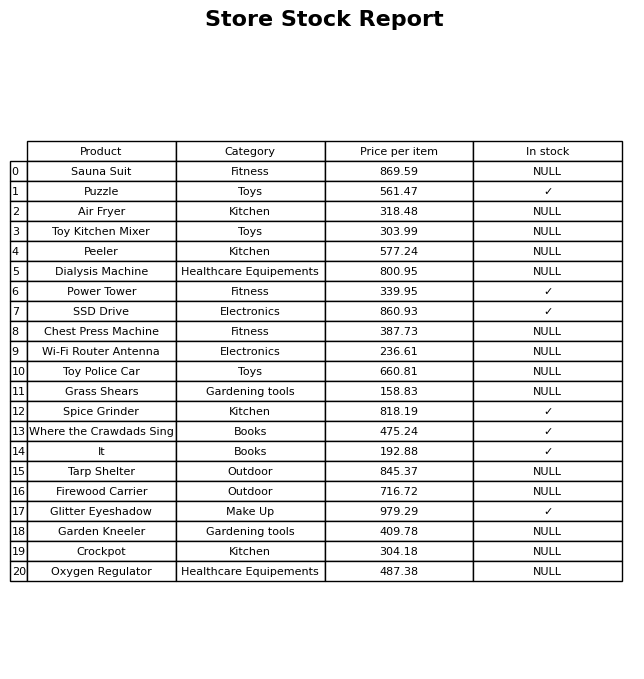
question: Is the Wi-Fi Router Antenna in stock?
answer: NULL